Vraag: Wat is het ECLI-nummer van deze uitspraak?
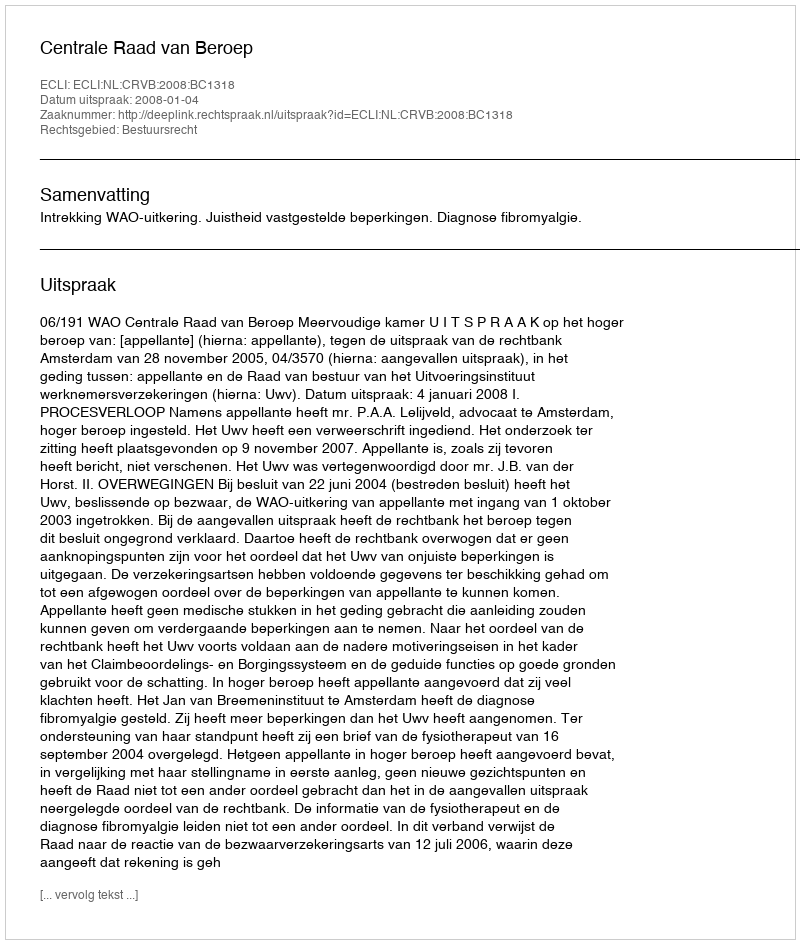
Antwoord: ECLI:NL:CRVB:2008:BC1318